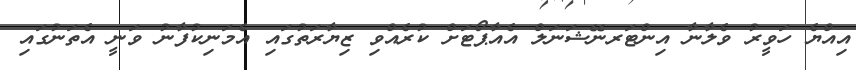
އިއްޔެ ހަވީރު ވެލާނާ އިންޓަރނޭޝަނަލް އެއާޕޯޓަށް ކުރެއްވި ޒިޔާރަތުގައި އެމަނިކުފާނު ވަނީ އެތަނުގައި